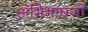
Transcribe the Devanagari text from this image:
अभिभाषणों